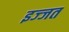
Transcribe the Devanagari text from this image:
इज्‍जत